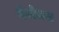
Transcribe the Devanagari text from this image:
वेयोजना